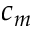
c _ { m }